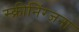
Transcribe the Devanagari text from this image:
स्क्रीनिंग्जना